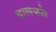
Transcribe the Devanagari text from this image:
बालफोर